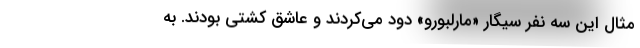
مثال این سه نفر سیگار «مارلبورو» دود می‌کردند و عاشق کشتی بودند. به